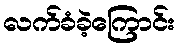
လက်ခံခဲ့ကြောင်း